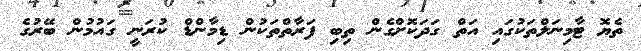
ތެޔޮ ޓާމިނަލްތަކުގައި އަތް ގަދަކޮށްގެން ތިބި ފަރާތްތަކުން ޑިމާންޑް ކުރަނީ ގައުމުން ބޭރުގެ